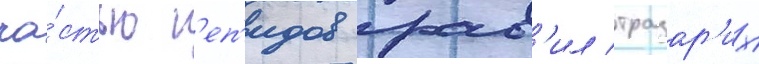
ча́стью г'еп'идов прав'ил тразар'их